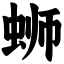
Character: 蛳